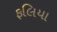
ફલિયા